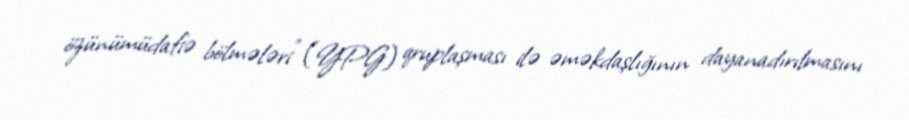
özünümüdafiə bölmələri" (YPG) qruplaşması ilə əməkdaşlığının dayanadırılmasını